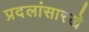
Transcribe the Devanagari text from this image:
प्रदलांसारखे